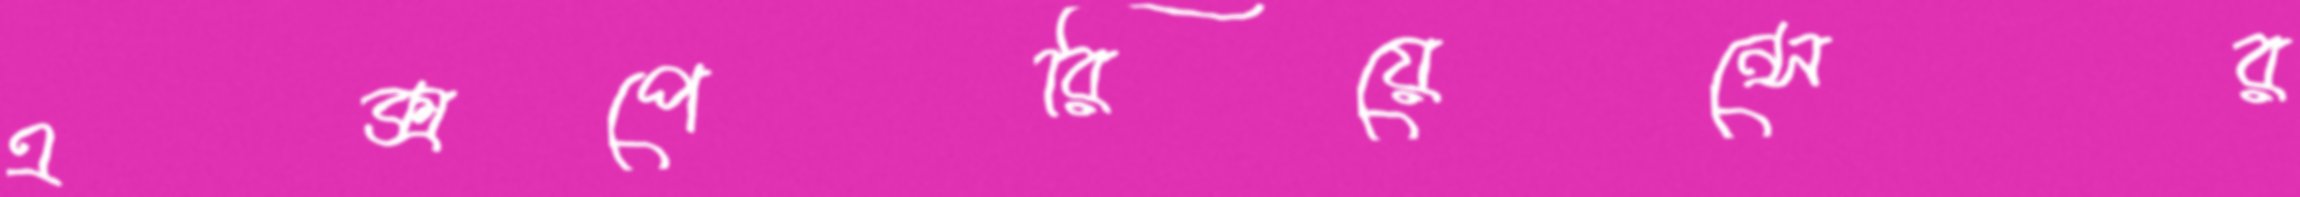
এক্সপেরিয়েন্সের